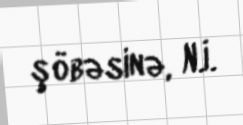
şöbəsinə, N.İ.